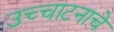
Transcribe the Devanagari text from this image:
उच्चाटनाचे